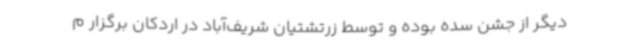
دیگر از جشن سده بوده و توسط زرتشتیان شریف‌آباد در اردکان برگزار م